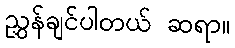
ညွှန်ချင်ပါတယ် ဆရာ။